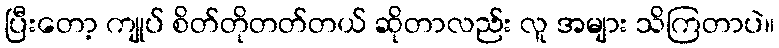
ပြီးတော့ ကျုပ် စိတ်တိုတတ်တယ် ဆိုတာလည်း လူ အများ သိကြတာပဲ။